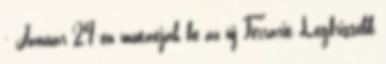
- Január 24-én mutatják be az új Ferrarit Legfrissebb